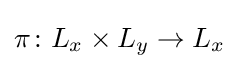
\pi \colon L_{x}\times L_{y}\to L_{x}